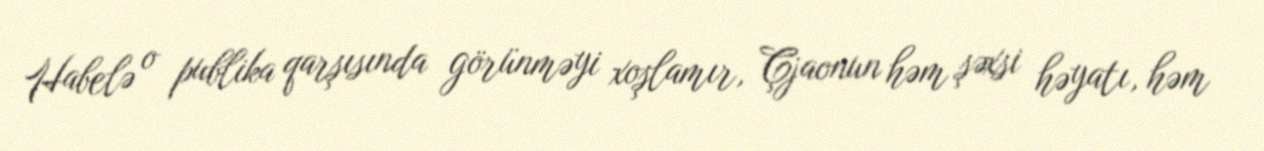
Habelə o publika qarşısında görünməyi xoşlamır, Çjaonun həm şəxsi həyatı, həm